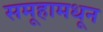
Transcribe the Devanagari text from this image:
समूहामधून